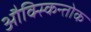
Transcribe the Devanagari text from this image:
औक्स्किन्तोक